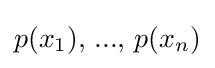
p(x_{1}),\,...,\,p(x_{n})